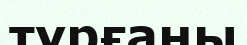
тұрғаны